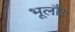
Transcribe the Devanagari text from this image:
भूलौ।